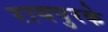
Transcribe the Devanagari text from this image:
रायपुरके